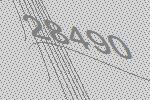
28490